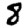
Digit: 8